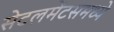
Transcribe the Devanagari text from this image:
सेटलमेंटसमध्ये